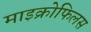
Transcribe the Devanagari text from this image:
माइक्रोफिलस